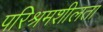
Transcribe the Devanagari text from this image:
परिश्रमशीलता